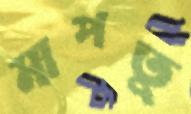
মাপতু